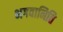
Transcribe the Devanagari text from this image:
भगवानिति